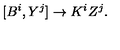
[ B ^ { i } , Y ^ { j } ] \rightarrow K ^ { i } Z ^ { j } .